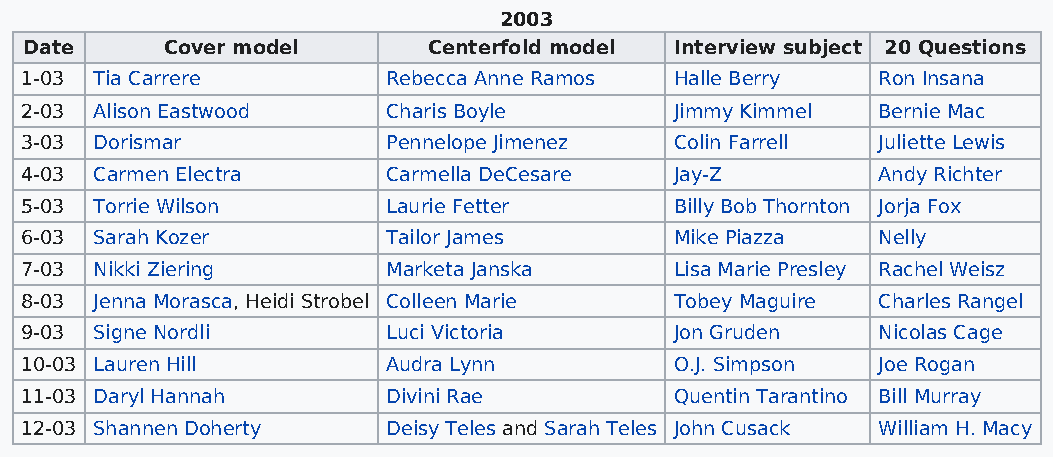
2003
 Date     Cover model      Centerfold model Interview subject 20 Questions
 1-03 Tia Carrere         Rebecca Anne Ramos Halle Berry  Ron Insana
 2-03 Alison Eastwood     Charis Boyle       Jimmy Kimmel Bernie Mac
 3-03 Dorismar            Pennelope Jimenez  Colin Farrell Juliette Lewis
 4-03 Carmen Electra      Carmella DeCesare  Jay-Z        Andy Richter
 5-03 Torrie Wilson       Laurie Fetter      Billy Bob Thornton Jorja Fox
 6-03 Sarah Kozer         Tailor James       Mike Piazza  Nelly
 7-03 Nikki Ziering       Marketa Janska     Lisa Marie Presley Rachel Weisz
 8-03 Jenna Morasca, Heidi Strobel Colleen Marie Tobey Maguire Charles Rangel
 9-03 Signe Nordli        Luci Victoria      Jon Gruden   Nicolas Cage
 10-03 Lauren Hill        Audra Lynn         O.J. Simpson Joe Rogan
 11-03 Daryl Hannah       Divini Rae         Quentin Tarantino Bill Murray
 12-03 Shannen Doherty    Deisy Teles and Sarah Teles John Cusack William H. Macy